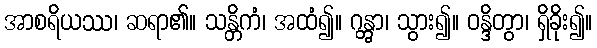
အာစရိယဿ၊ ဆရာ၏။ သန္တိကံ၊ အထံ၍။ ဂန္တွာ၊ သွား၍။ ဝန္ဒိတွာ၊ ရှိခိုး၍။